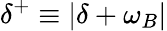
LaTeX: \delta^{+}\equiv\lvert\delta+\omega_{B}\rvert